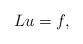
LaTeX: \begin{align*}Lu = f,\end{align*}